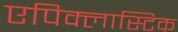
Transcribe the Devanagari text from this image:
एपिक्लास्टिक